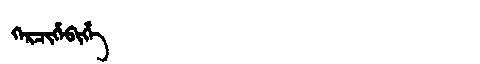
Manchu: ᡴᡝᡵᠴᡳᡥᡝᠪᡳᡥᡝ
Romanization: KERCIHEBIHE